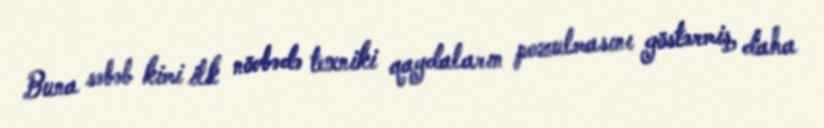
Buna səbəb kimi ilk növbədə texniki qaydaların pozulmasını göstərmiş, daha